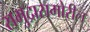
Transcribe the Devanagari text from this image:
समुद्रासमोरील